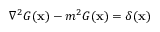
\nabla ^ { 2 } G ( \mathbf { x } ) - m ^ { 2 } G ( \mathbf { x } ) = \delta ( \mathbf { x } )